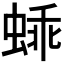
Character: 𬠕